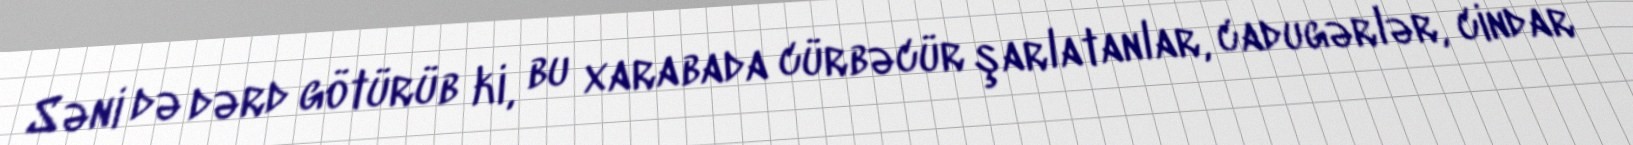
Səni də dərd götürüb ki, bu xarabada cürbəcür şarlatanlar, cadugərlər, cindar